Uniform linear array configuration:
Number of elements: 24
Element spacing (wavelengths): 1
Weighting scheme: hamming
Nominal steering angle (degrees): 60
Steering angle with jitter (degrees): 61.956
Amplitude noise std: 0.05
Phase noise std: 0.05

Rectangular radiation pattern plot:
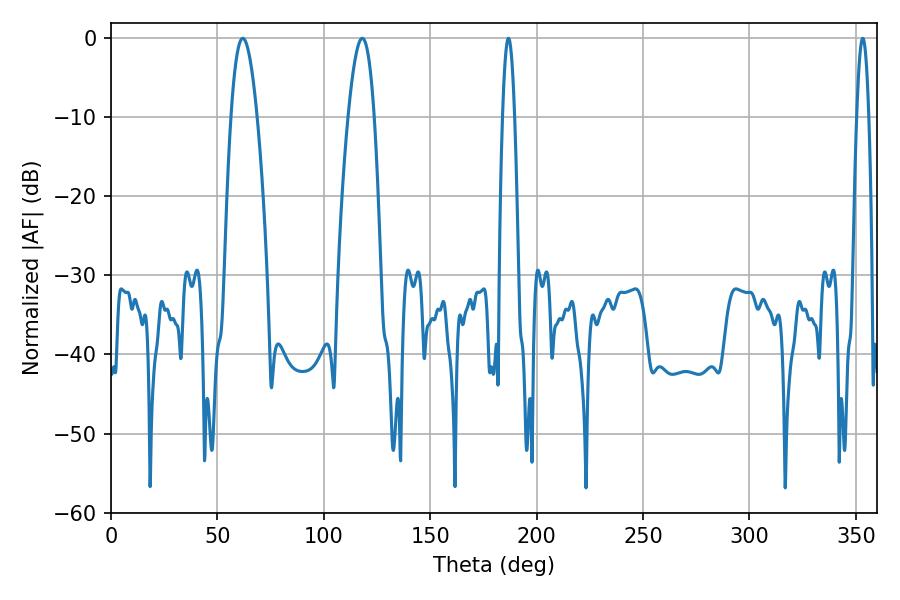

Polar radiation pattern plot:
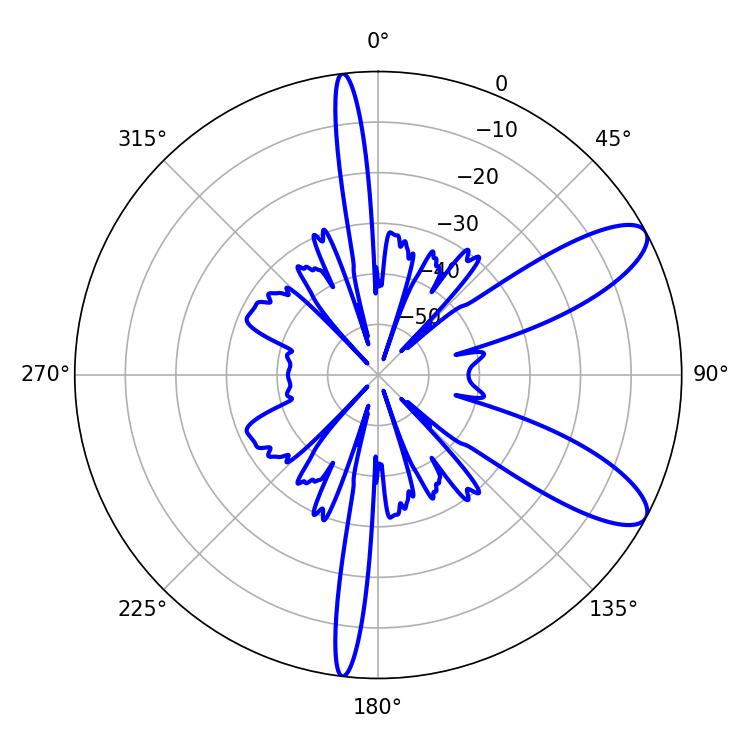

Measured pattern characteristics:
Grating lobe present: TRUE
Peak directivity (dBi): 9.789
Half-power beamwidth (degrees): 6.84
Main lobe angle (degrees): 61.92